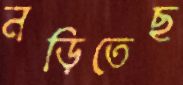
নড়িতেছ